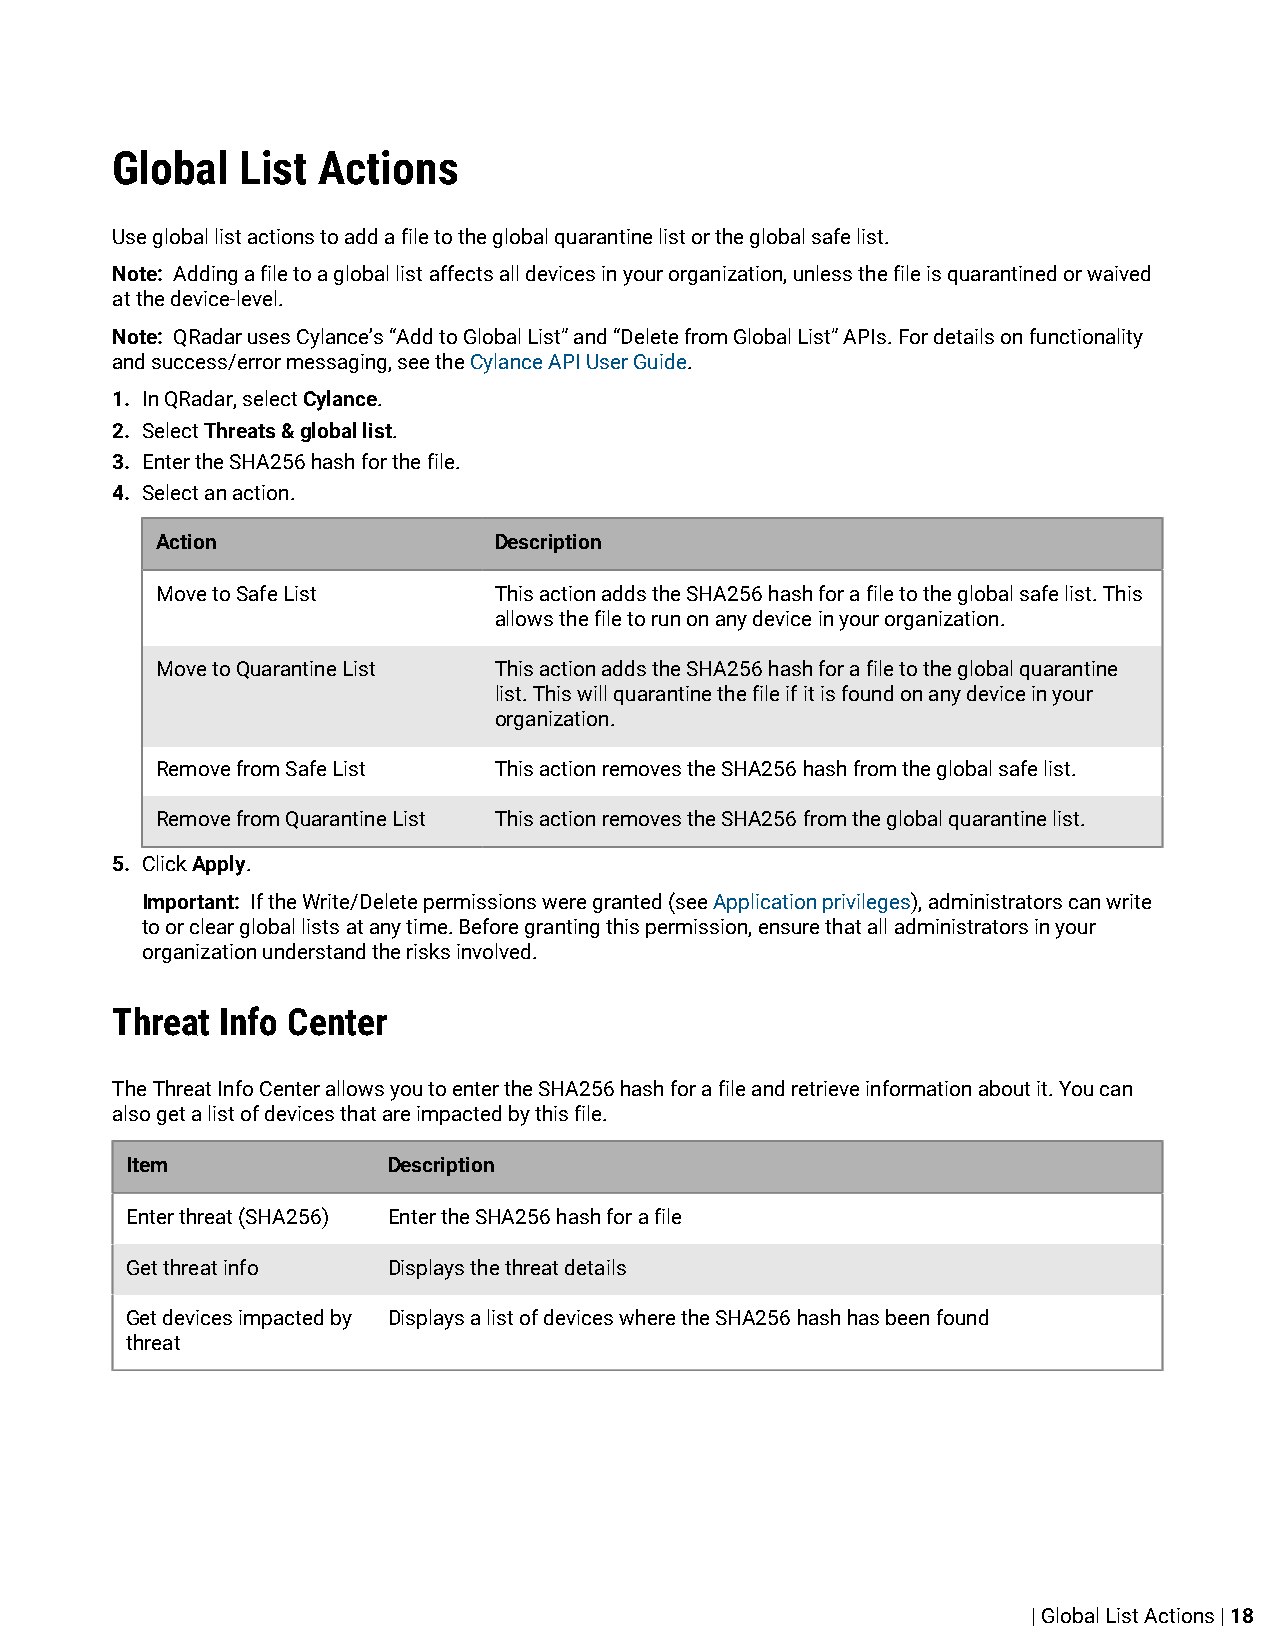
Global   List Actions
 Use global list actions to add a file to the global quarantine list or the global safe list.
 Note: Adding a file to a global list affects all devices in your organization, unless the file is quarantined or waived
 at the device-level.
 Note: QRadar uses Cylance’s “Add to Global List” and “Delete from Global List” APIs. For details on functionality
 and success/error messaging, see the Cylance API User Guide.
 1. In QRadar, select Cylance.
 2. Select Threats & global list.
 3. Enter the SHA256 hash for the file.
 4. Select an action.
 Action                 Description
 Move to Safe List      This action adds the SHA256 hash for a file to the global safe list. This
 allows the file to run on any device in your organization.
 Move to Quarantine List This action adds the SHA256 hash for a file to the global quarantine
 list. This will quarantine the file if it is found on any device in your
 organization.
 Remove from Safe List  This action removes the SHA256 hash from the global safe list.
 Remove from Quarantine List This action removes the SHA256 from the global quarantine list.
 5. Click Apply.
 Important: If the Write/Delete permissions were granted (see Application privileges), administrators can write
 to or clear global lists at any time. Before granting this permission, ensure that all administrators in your
 organization understand the risks involved.
 Threat  Info Center
 The Threat Info Center allows you to enter the SHA256 hash for a file and retrieve information about it. You can
 also get a list of devices that are impacted by this file.
 Item              Description
 Enter threat (SHA256) Enter the SHA256 hash for a file
 Get threat info   Displays the threat details
 Get devices impacted by Displays a list of devices where the SHA256 hash has been found
 threat
 | Global List Actions | 18